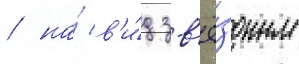
/ на́ в'и́д зв'ё́здным